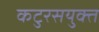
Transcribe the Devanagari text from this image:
कटुरसयुक्त